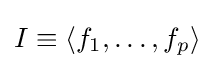
I\equiv \langle f_{1},\ldots ,f_{p}\rangle